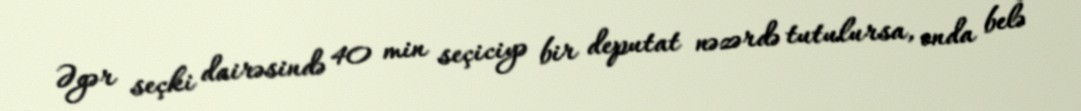
Əgər seçki dairəsində 40 min seçiciyə bir deputat nəzərdə tutulursa, onda belə